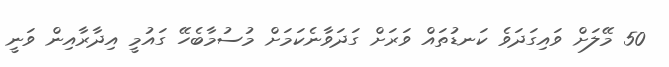
50 މޭލަށް ވައިގަދަވެ ކަނޑުތައް ވަރަށް ގަދަވާނެކަމަށް މުސުމާބެހޭ ގައުމީ އިދާރާއިން ވަނީ